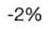
-2%